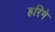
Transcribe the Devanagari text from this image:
हरिंगे